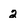
Character: 2